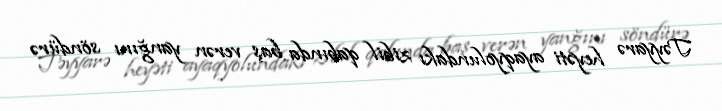
Təyyarə heyəti ayaqyolundakı zibil qabında baş verən yanğını söndürə